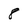
Character: 8